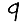
Digit: 9